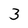
Character: 3